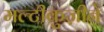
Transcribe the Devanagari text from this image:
मल्टीकुज़ीने